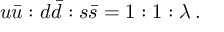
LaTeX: u \bar { u } : d \bar { d } : s \bar { s } = 1 : 1 : \lambda \, .